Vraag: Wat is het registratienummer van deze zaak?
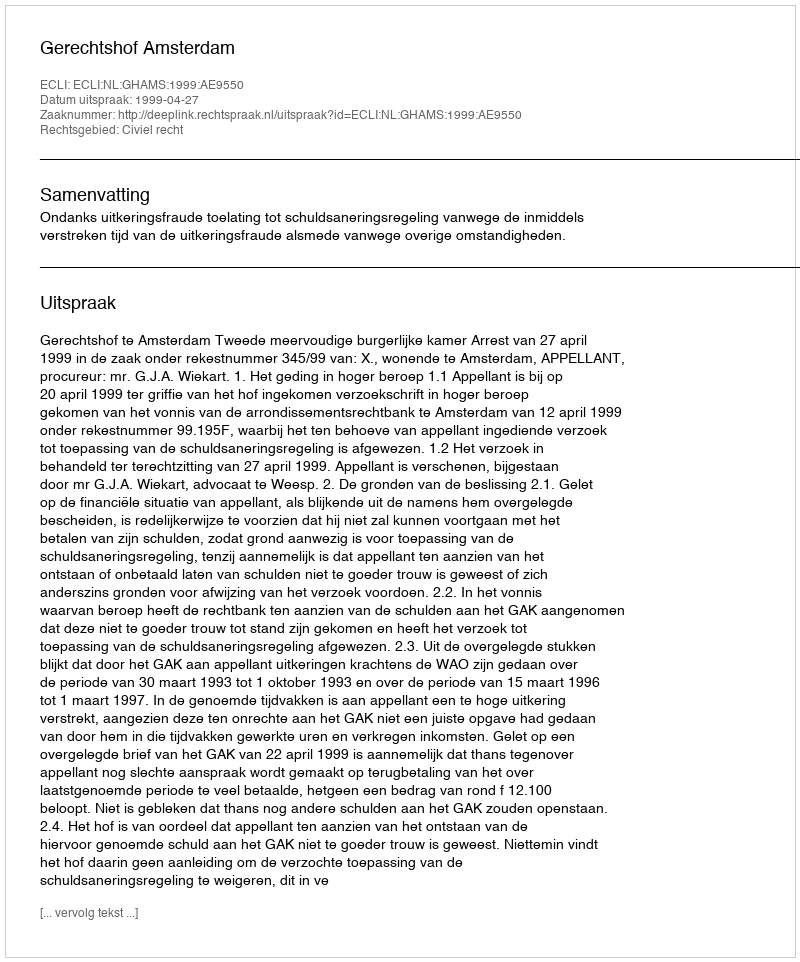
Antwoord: http://deeplink.rechtspraak.nl/uitspraak?id=ECLI:NL:GHAMS:1999:AE9550